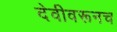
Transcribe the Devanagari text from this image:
देवीवरूनच